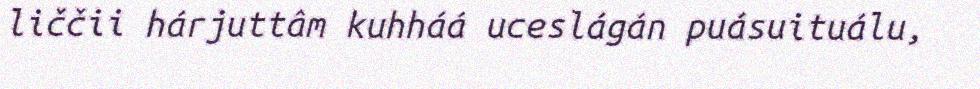
liččii hárjuttâm kuhháá uceslágán puásuituálu,